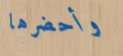
وأحضرها